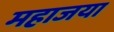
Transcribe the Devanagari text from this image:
महाजया